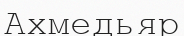
Ахмедьяр